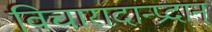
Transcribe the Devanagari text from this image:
विचारादान्प्रदान्